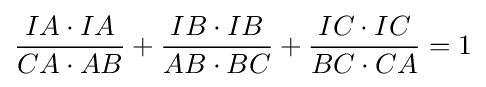
{\frac {IA\cdot IA}{CA\cdot AB}}+{\frac {IB\cdot IB}{AB\cdot BC}}+{\frac {IC\cdot IC}{BC\cdot CA}}=1